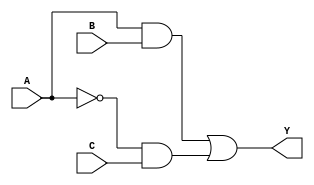
module sop_simplification (
    input wire A,       // Input A
    input wire B,       // Input B
    input wire C,       // Input C
    output wire Y       // Output Y
);

// Internal wires for AND gate outputs
wire and1_out;        // Corresponds to A AND B
wire and2_out;        // Corresponds to NOT A AND C

// NOT gate for A
wire not_A;
assign not_A = ~A;

// AND gates
assign and1_out = A & B;        // First product term: A AND B
assign and2_out = not_A & C;    // Second product term: NOT A AND C

// OR gate for final output Y
assign Y = and1_out | and2_out;  // Final output: (A AND B) OR (NOT A AND C)

endmodule